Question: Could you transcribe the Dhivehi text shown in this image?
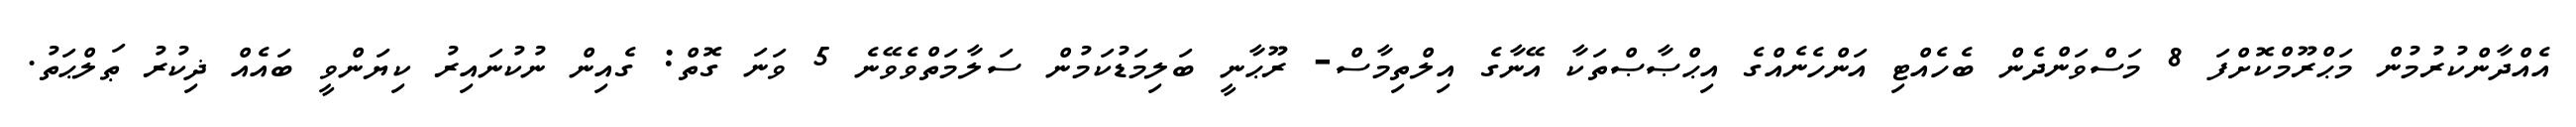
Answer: އެއްދާންކުރުމުން މަޙްރޫމްކޮށްފަ 8 މަސްވަންދެން ބެހެއްޓި އަންހެނެއްގެ އިޙްޞާޞްތަކާ އޭނާގެ އިލްތިމާސް- ރޫޙާނީ ބަލިމަޑުކަމުން ސަލާމަތްވެވޭނެ 5 ވަނަ ގޮތް: ގެއިން ނުކުނައިރު ކިޔަންވީ ބައެއް ޛިކުރު ޠަލްޙަތު.